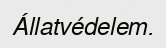
Állatvédelem.